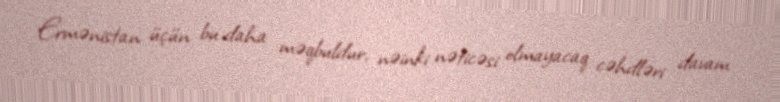
Ermənistan üçün bu daha məqbuldur, nəinki nəticəsi olmayacaq cəhdləri davam